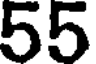
55